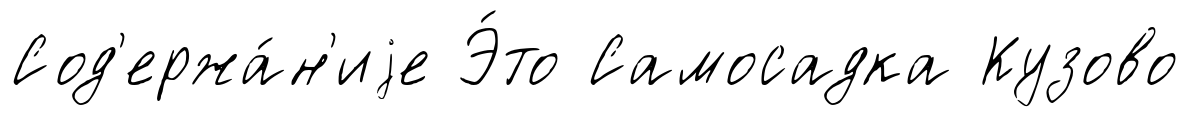
Сод'ержа́н'иjе Э́то Самосадка Кузово